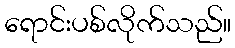
ရောင်းပစ်လိုက်သည်။